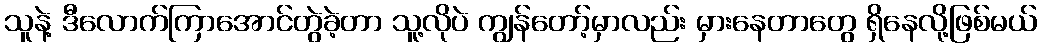
သူနဲ့ ဒီလောက်ကြာအောင်တွဲခဲ့တာ သူ့လိုပဲ ကျွန်တော့်မှာလည်း မှားနေတာတွေ ရှိနေလို့ဖြစ်မယ်